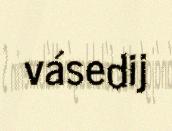
vásedij